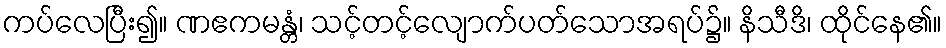
ကပ်လေပြီး၍။ ဏဧကမန္တံ၊ သင့်တင့်လျောက်ပတ်သောအရပ်၌။ နိသီဒိ၊ ထိုင်နေ၏။